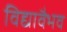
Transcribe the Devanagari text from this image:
विद्यावैभव